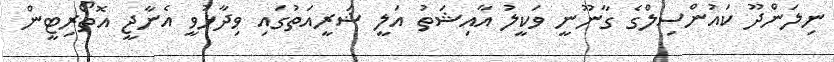
ނިލަންދޫ ކައުންސިލްގެ ގާނޫނީ ވަކީލު އާއިޝަތު އަލީ ޝަރީއަތުގައި ވިދާޅުވީ އެނާޖީ އޮތޯރިޓީން